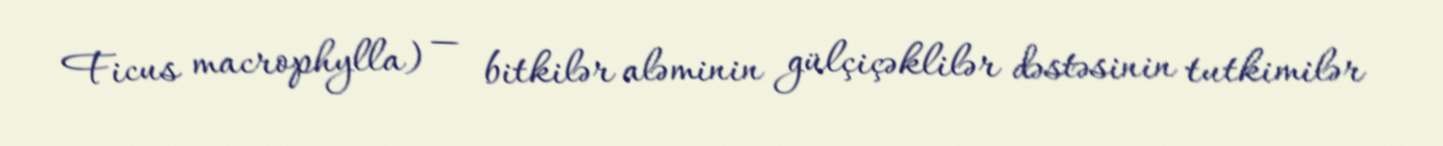
Ficus macrophylla) — bitkilər aləminin gülçiçəklilər dəstəsinin tutkimilər